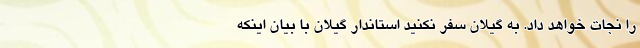
را نجات خواهد داد. به گیلان سفر نکنید استاندار گیلان با بیان اینکه